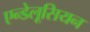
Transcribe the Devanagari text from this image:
एन्डेलूसियन